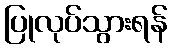
ပြုလုပ်သွားရန်